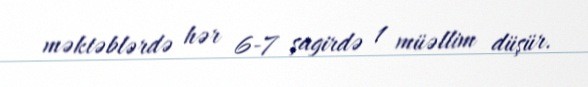
məktəblərdə hər 6-7 şagirdə 1 müəllim düşür.